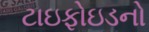
ટાઇફોઇડનો